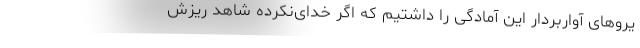
یروهای آواربردار این آمادگی را داشتیم که اگر خدای‌نکرده شاهد ریزش